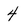
Character: 4